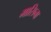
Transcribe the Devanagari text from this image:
मासिना